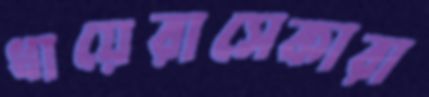
ধায়েরাসেকারা